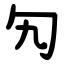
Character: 勼